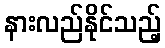
နားလည်နိုင်သည့်